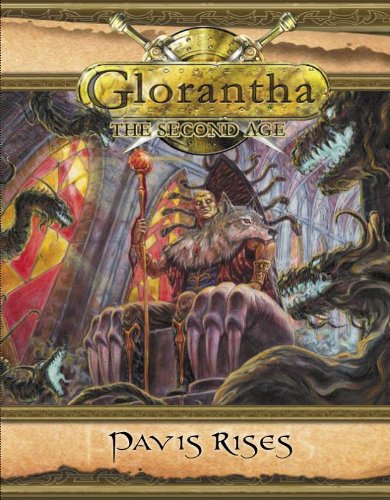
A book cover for Pavis Rises (Glorantha); Bryan Steele; Science Fiction & Fantasy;